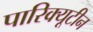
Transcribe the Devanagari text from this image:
पारिक्यूटीन